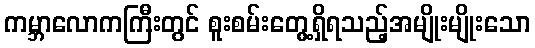
ကမ္ဘာလောကကြီးတွင် စူးစမ်းတွေ့ရှိရသည့်အမျိုးမျိုးသော